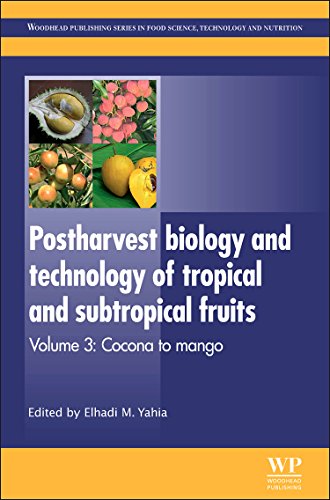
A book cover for Postharvest Biology and Technology of Tropical and Subtropical Fruits: AÃ§ai to Citrus (Woodhead Publishing Series in Food Science, Technology and Nutrition); Science & Math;